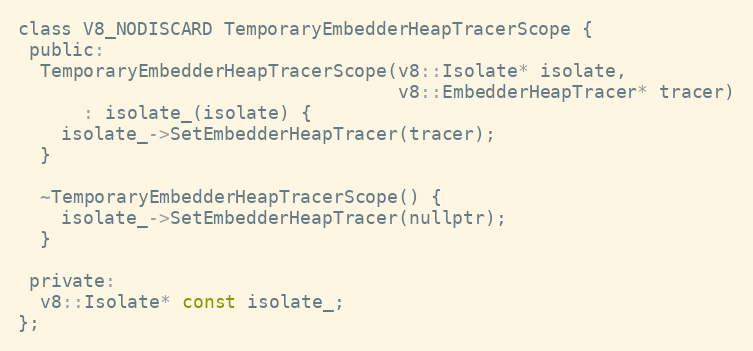
Language: C
class V8_NODISCARD TemporaryEmbedderHeapTracerScope {
 public:
  TemporaryEmbedderHeapTracerScope(v8::Isolate* isolate,
                                   v8::EmbedderHeapTracer* tracer)
      : isolate_(isolate) {
    isolate_->SetEmbedderHeapTracer(tracer);
  }

  ~TemporaryEmbedderHeapTracerScope() {
    isolate_->SetEmbedderHeapTracer(nullptr);
  }

 private:
  v8::Isolate* const isolate_;
};